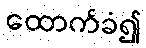
ထောက်ခံ၍